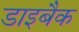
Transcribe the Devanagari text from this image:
डाइबैक